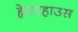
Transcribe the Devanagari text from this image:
ह्वेयरहाउस